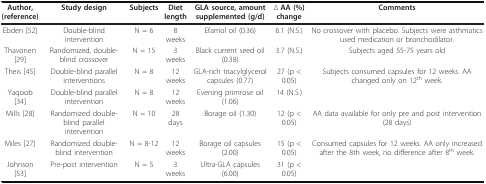
<table><thead><tr><td><b>Author, (reference)</b></td><td><b>Study design</b></td><td><b>Subjects</b></td><td><b>Diet length</b></td><td><b>GLA source, amount supplemented (g/d)</b></td><td><b>Δ AA (%) change</b></td><td><b>Comments</b></td></tr></thead><tbody><tr><td>Ebden [52]</td><td>Double-blind intervention</td><td>N = 6</td><td>8 weeks</td><td>Efamol oil (0.36)</td><td>6.1 (N.S.)</td><td>No crossover with placebo. Subjects were asthmatics used medication or bronchodilator.</td></tr><tr><td>Thavonen [29]</td><td>Randomized, double-blind crossover</td><td>N = 15</td><td>3 weeks</td><td>Black current seed oil (0.38)</td><td>3.7 (N.S.)</td><td>Subjects aged 55-75 years old</td></tr><tr><td>Theis [45]</td><td>Double-blind parallel interventions</td><td>N = 8</td><td>12 weeks</td><td>GLA-rich triacylglycerol capsules (0.77)</td><td>27 (p &lt; 0.05)</td><td>Subjects consumed capsules for 12 weeks. AA changed only on 12<sup>th </sup>week.</td></tr><tr><td>Yaqoob [34]</td><td>Double-blind parallel intervention</td><td>N = 8</td><td>12 weeks</td><td>Evening primrose oil (1.06)</td><td>14 (N.S.)</td><td></td></tr><tr><td>Mills [28]</td><td>Randomized double-blind parallel intervention</td><td>N = 10</td><td>28 days</td><td>Borage oil (1.30)</td><td>12 (p &lt; 0.05)</td><td>AA data available for only pre and post intervention (28 days)</td></tr><tr><td>Miles [27]</td><td>Randomized double-blind intervention</td><td>N = 8-12</td><td>12 weeks</td><td>Borage oil capsules (2.00)</td><td>15 (p &lt; 0.05)</td><td>Consumed capsules for 12 weeks. AA only increased after the 8th week, no difference after 8<sup>th </sup>week.</td></tr><tr><td>Johnson [53]</td><td>Pre-post intervention</td><td>N = 5</td><td>3 weeks</td><td>Ultra-GLA capsules (6.00)</td><td>31 (p &lt; 0.05)</td><td></td></tr></tbody></table>